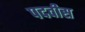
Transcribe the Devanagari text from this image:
पदवीस